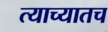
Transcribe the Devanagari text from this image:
त्याच्यातच